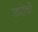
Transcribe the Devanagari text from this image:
खरोचों